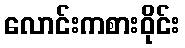
လောင်းကစားဝိုင်း